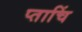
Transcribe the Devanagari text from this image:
प्ताचिं